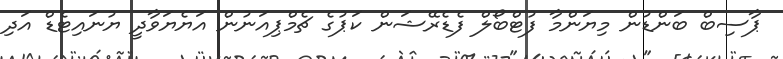
ޕާސިބް ބަންޑުން މިޔަންމާ ފުޓްބޯލް ފެޑެރޭޝަން ކަޕުގެ ޗެމްޕިއަނުން އަޔެޔަވާދީ ޔުނައިޓެޑް އަދި